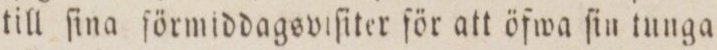
till ſina ſörmiddagsviſiter för att öfwa ſin tunga